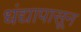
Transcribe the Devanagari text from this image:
धंद्यापासून